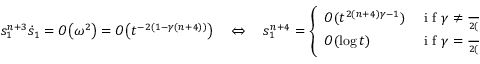
s _ { 1 } ^ { n + 3 } \dot { s } _ { 1 } = O \big ( \omega ^ { 2 } \big ) \stackrel { } { = } O \big ( t ^ { - 2 ( 1 - \gamma ( n + 4 ) ) } \big ) \quad \Leftrightarrow \quad s _ { 1 } ^ { n + 4 } = \left\{ \begin{array} { l l } { O ( t ^ { 2 ( n + 4 ) \gamma - 1 } ) } & { \mathrm { ~ i ~ f ~ } \gamma \ne \frac 1 { 2 ( n + 4 ) } , } \\ { O ( \log t ) } & { \mathrm { ~ i ~ f ~ } \gamma = \frac 1 { 2 ( n + 4 ) } . } \end{array} \right.